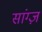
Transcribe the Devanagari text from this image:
सांग्ज़